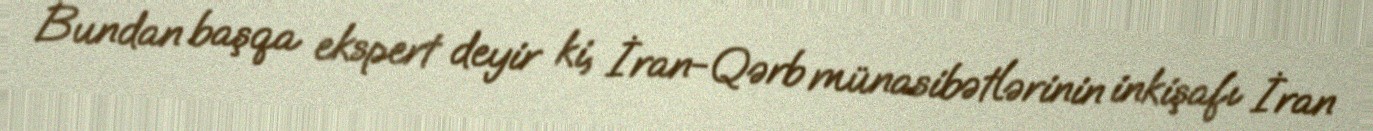
Bundan başqa ekspert deyir ki, İran-Qərb münasibətlərinin inkişafı İran